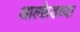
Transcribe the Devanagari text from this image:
आल्फ्रेडच्या